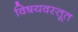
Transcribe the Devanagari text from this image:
विषयवस्तूत